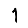
Digit: 1